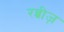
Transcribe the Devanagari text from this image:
रब्बीज़